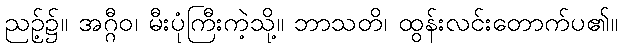
ညဉ့်၌။ အဂ္ဂီဝ၊ မီးပုံကြီးကဲ့သို့။ ဘာသတိ၊ ထွန်းလင်းတောက်ပ၏။